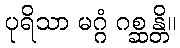
ပုရိသာ မဂ္ဂံ ဂစ္ဆန္တိ။